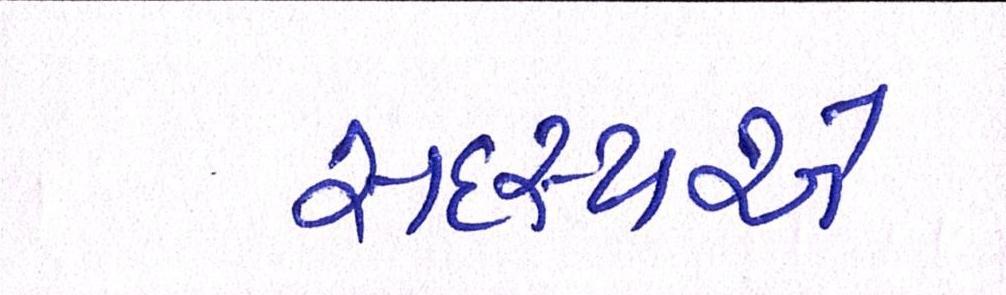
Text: સદસ્યએ